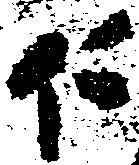
仁